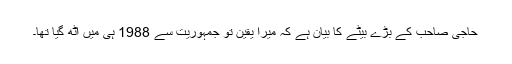
حاجی صاحب کے بڑے بیٹے کا بیان ہے کہ میرا یقین تو جمہوریت سے 1988 ہی میں اٹھ گیا تھا۔